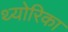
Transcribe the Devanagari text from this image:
थ्योरिका